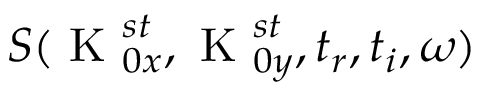
S ( \textrm { K } _ { 0 x } ^ { s t } , \textrm { K } _ { 0 y } ^ { s t } , t _ { r } , t _ { i } , \omega )